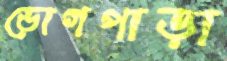
ভোগপাড়া